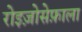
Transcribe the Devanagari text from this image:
रोइज़ोसेफ़ाला